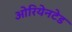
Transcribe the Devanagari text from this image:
ओरियेनटेड